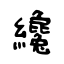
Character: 纔